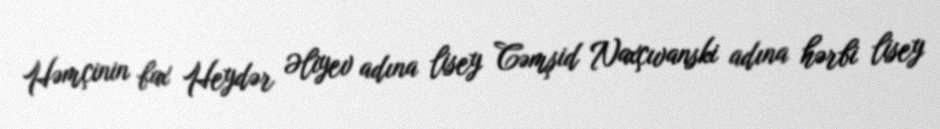
Həmçinin bax Heydər Əliyev adına lisey Cəmşid Naxçıvanski adına hərbi lisey